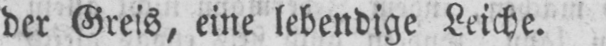
der Greis, eine lebendige Leiche.